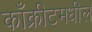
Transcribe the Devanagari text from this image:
काँक्रीटमधील